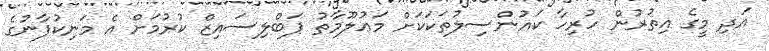
އަދި މީގެ އިތުރުން ހުރިހާ ކައުންސިލުތަކަކަށް މަޢުލޫމާތު ޕަބްލިސައިޒް ކުރުމަށް އެ މަނިކުފާނުގެ